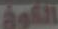
الكون